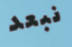
نبعد